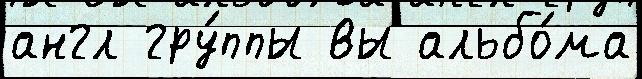
англ гру́ппы вы альбо́ма